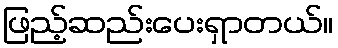
ဖြည့်ဆည်းပေးရှာတယ်။